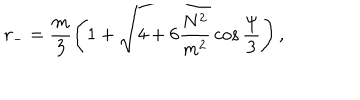
r _ { - } = \frac { m } { 3 } \left( 1 + \sqrt { 4 + 6 \frac { N ^ { 2 } } { m ^ { 2 } } } \cos \frac { \psi } { 3 } \right) ,